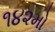
૧૪૨મો